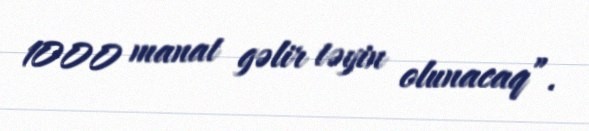
1000 manat gəlir təyin olunacaq”.